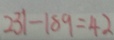
2 3 1 - 1 8 9 = 4 2